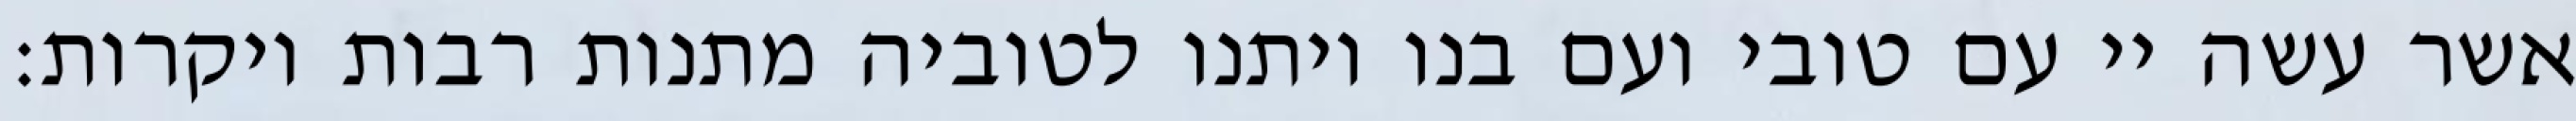
אשר עשה יי עם טובי ועם בנו ויתנו לטוביה מתנות רבות ויקרות: